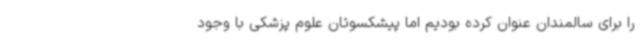
را برای سالمندان عنوان کرده بودیم اما پیشکسوتان علوم پزشکی با وجود